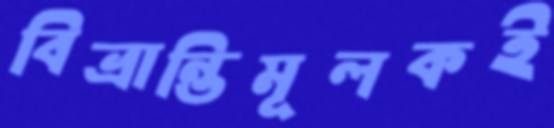
বিভ্রান্তিমূলকই